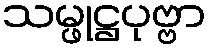
သမ္ဖုဋ္ဌပုဗ္ဗာ